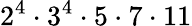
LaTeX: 2^{4}\cdot 3^{4}\cdot 5\cdot 7\cdot 11